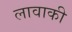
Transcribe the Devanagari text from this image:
लावाकी